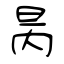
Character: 昺